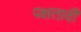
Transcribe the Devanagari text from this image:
पक्षतावी